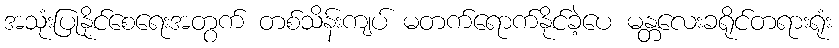
အသုံးပြုနိုင်စေရေးအတွက် တစ်သိန်းကျပ် မတက်ရောက်နိုင်ခဲ့ပေ မန္တလေးခရိုင်တရားရုံး